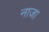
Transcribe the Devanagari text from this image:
नाजा